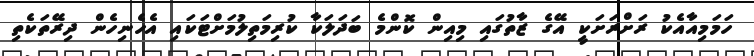
ހަމަމިއާއެކު ރަށްރަށަކީ އޭގެ ޒާތުގައި މިއިން ކޮންމެ ބަދަލަކާ ކުރިމަތިލުމަށްޓަކައި އެހެނިހެން ދިރޭތަކެތި